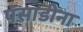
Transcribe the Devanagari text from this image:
पॅसाडीना